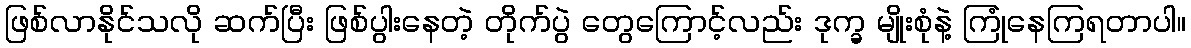
ဖြစ်လာနိုင်သလို ဆက်ပြီး ဖြစ်ပွါးနေတဲ့ တိုက်ပွဲ တွေကြောင့်လည်း ဒုက္ခ မျိုးစုံနဲ့ ကြုံနေကြရတာပါ။